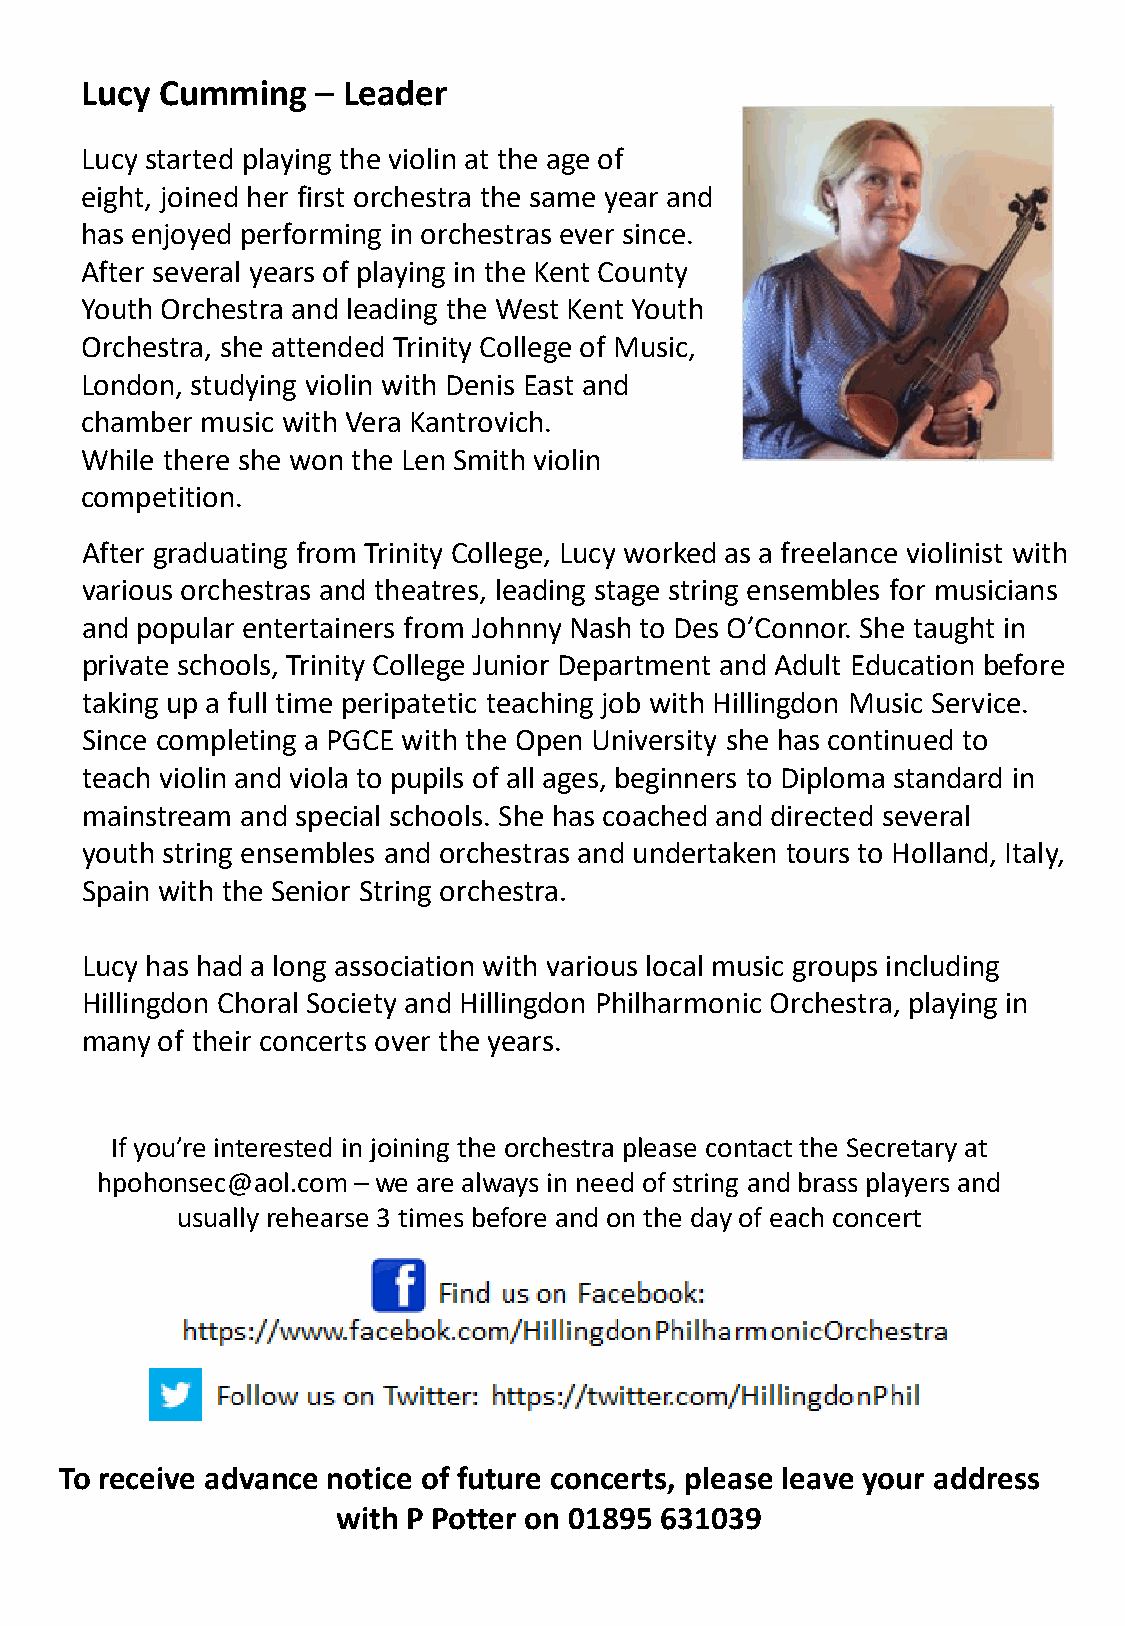
Lucy  Cumming   – Leader
 L ucy started playing the violin at the age of
 eight, joined her first orchestra the same year and
 has enjoyed performing in orchestras ever since.
 After several years of playing in the Kent County
 Youth Orchestra and leading the West Kent Youth
 Orchestra, she attended Trinity College of Music,
 London, studying violin with Denis East and
 chamber music with Vera Kantrovich.
 While there she won the Len Smith violin
 competition.
 After graduating from Trinity College, Lucy worked as a freelance violinist with
 various orchestras and theatres, leading stage string ensembles for musicians
 and popular entertainers from Johnny Nash to Des O’Connor. She taught in
 private schools, Trinity College Junior Department and Adult Education before
 taking up a full time peripatetic teaching job with Hillingdon Music Service.
 Since completing a PGCE with the Open University she has continued to
 teach violin and viola to pupils of all ages, beginners to Diploma standard in
 mainstream and special schools. She has coached and directed several
 youth string ensembles and orchestras and undertaken tours to Holland, Italy,
 Spain with the Senior String orchestra.
 L ucy has had a long association with various local music groups including
 Hillingdon Choral Society and Hillingdon Philharmonic Orchestra, playing in
 many of their concerts over the years.
 If you’re interested in joining the orchestra please contact the Secretary at
 hpohonsec@aol.com – we are always in need of string and brass players and
 usually rehearse 3 times before and on the day of each concert
 To receive advance notice of future concerts, please leave your address
 with P Potter on 01895 631039